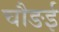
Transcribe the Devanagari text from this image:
चौङई